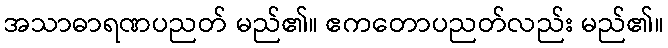
အသာဓာရဏပညတ် မည်၏။ ဧကတောပညတ်လည်း မည်၏။